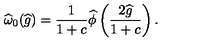
\widehat { \omega } _ { 0 } ( \widehat { g } ) = \frac { 1 } { 1 + c } \widehat { \phi } \left( \frac { 2 \widehat { g } } { 1 + c } \right) .